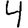
Digit: 4